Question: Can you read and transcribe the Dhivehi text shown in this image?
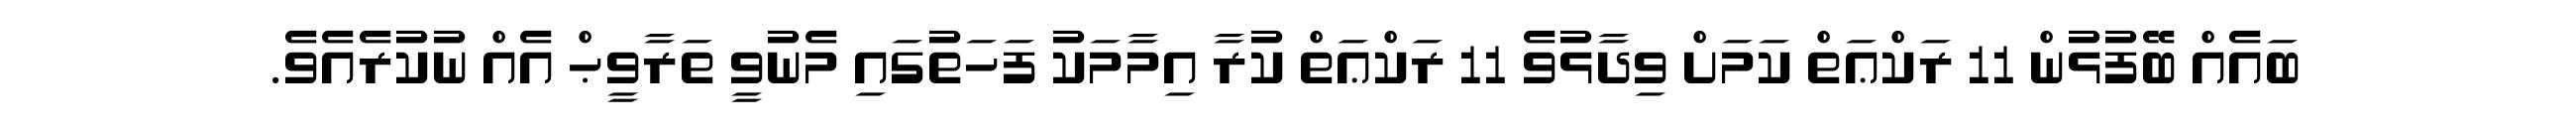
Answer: ބައެއް ބޭފުޅުން 11 ރަކްޢަތް ކަމަށް ވިދާޅުވެ 11 ރަކްޢަތް ކުރާ އިމާމަކު ފަހަތުގައި މެނުވީ ތަރާވީޙް އެއް ނުކުރެއެވެ.